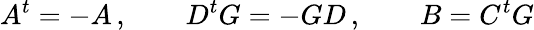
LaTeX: A^{t}=-A\, ,\qquad D^{t}G=-GD\, ,\qquad B=C^{t}G